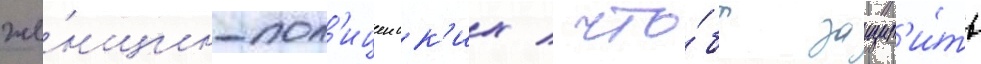
же́нщин-пол'ицеиск'их / что́бы защит'и́ть